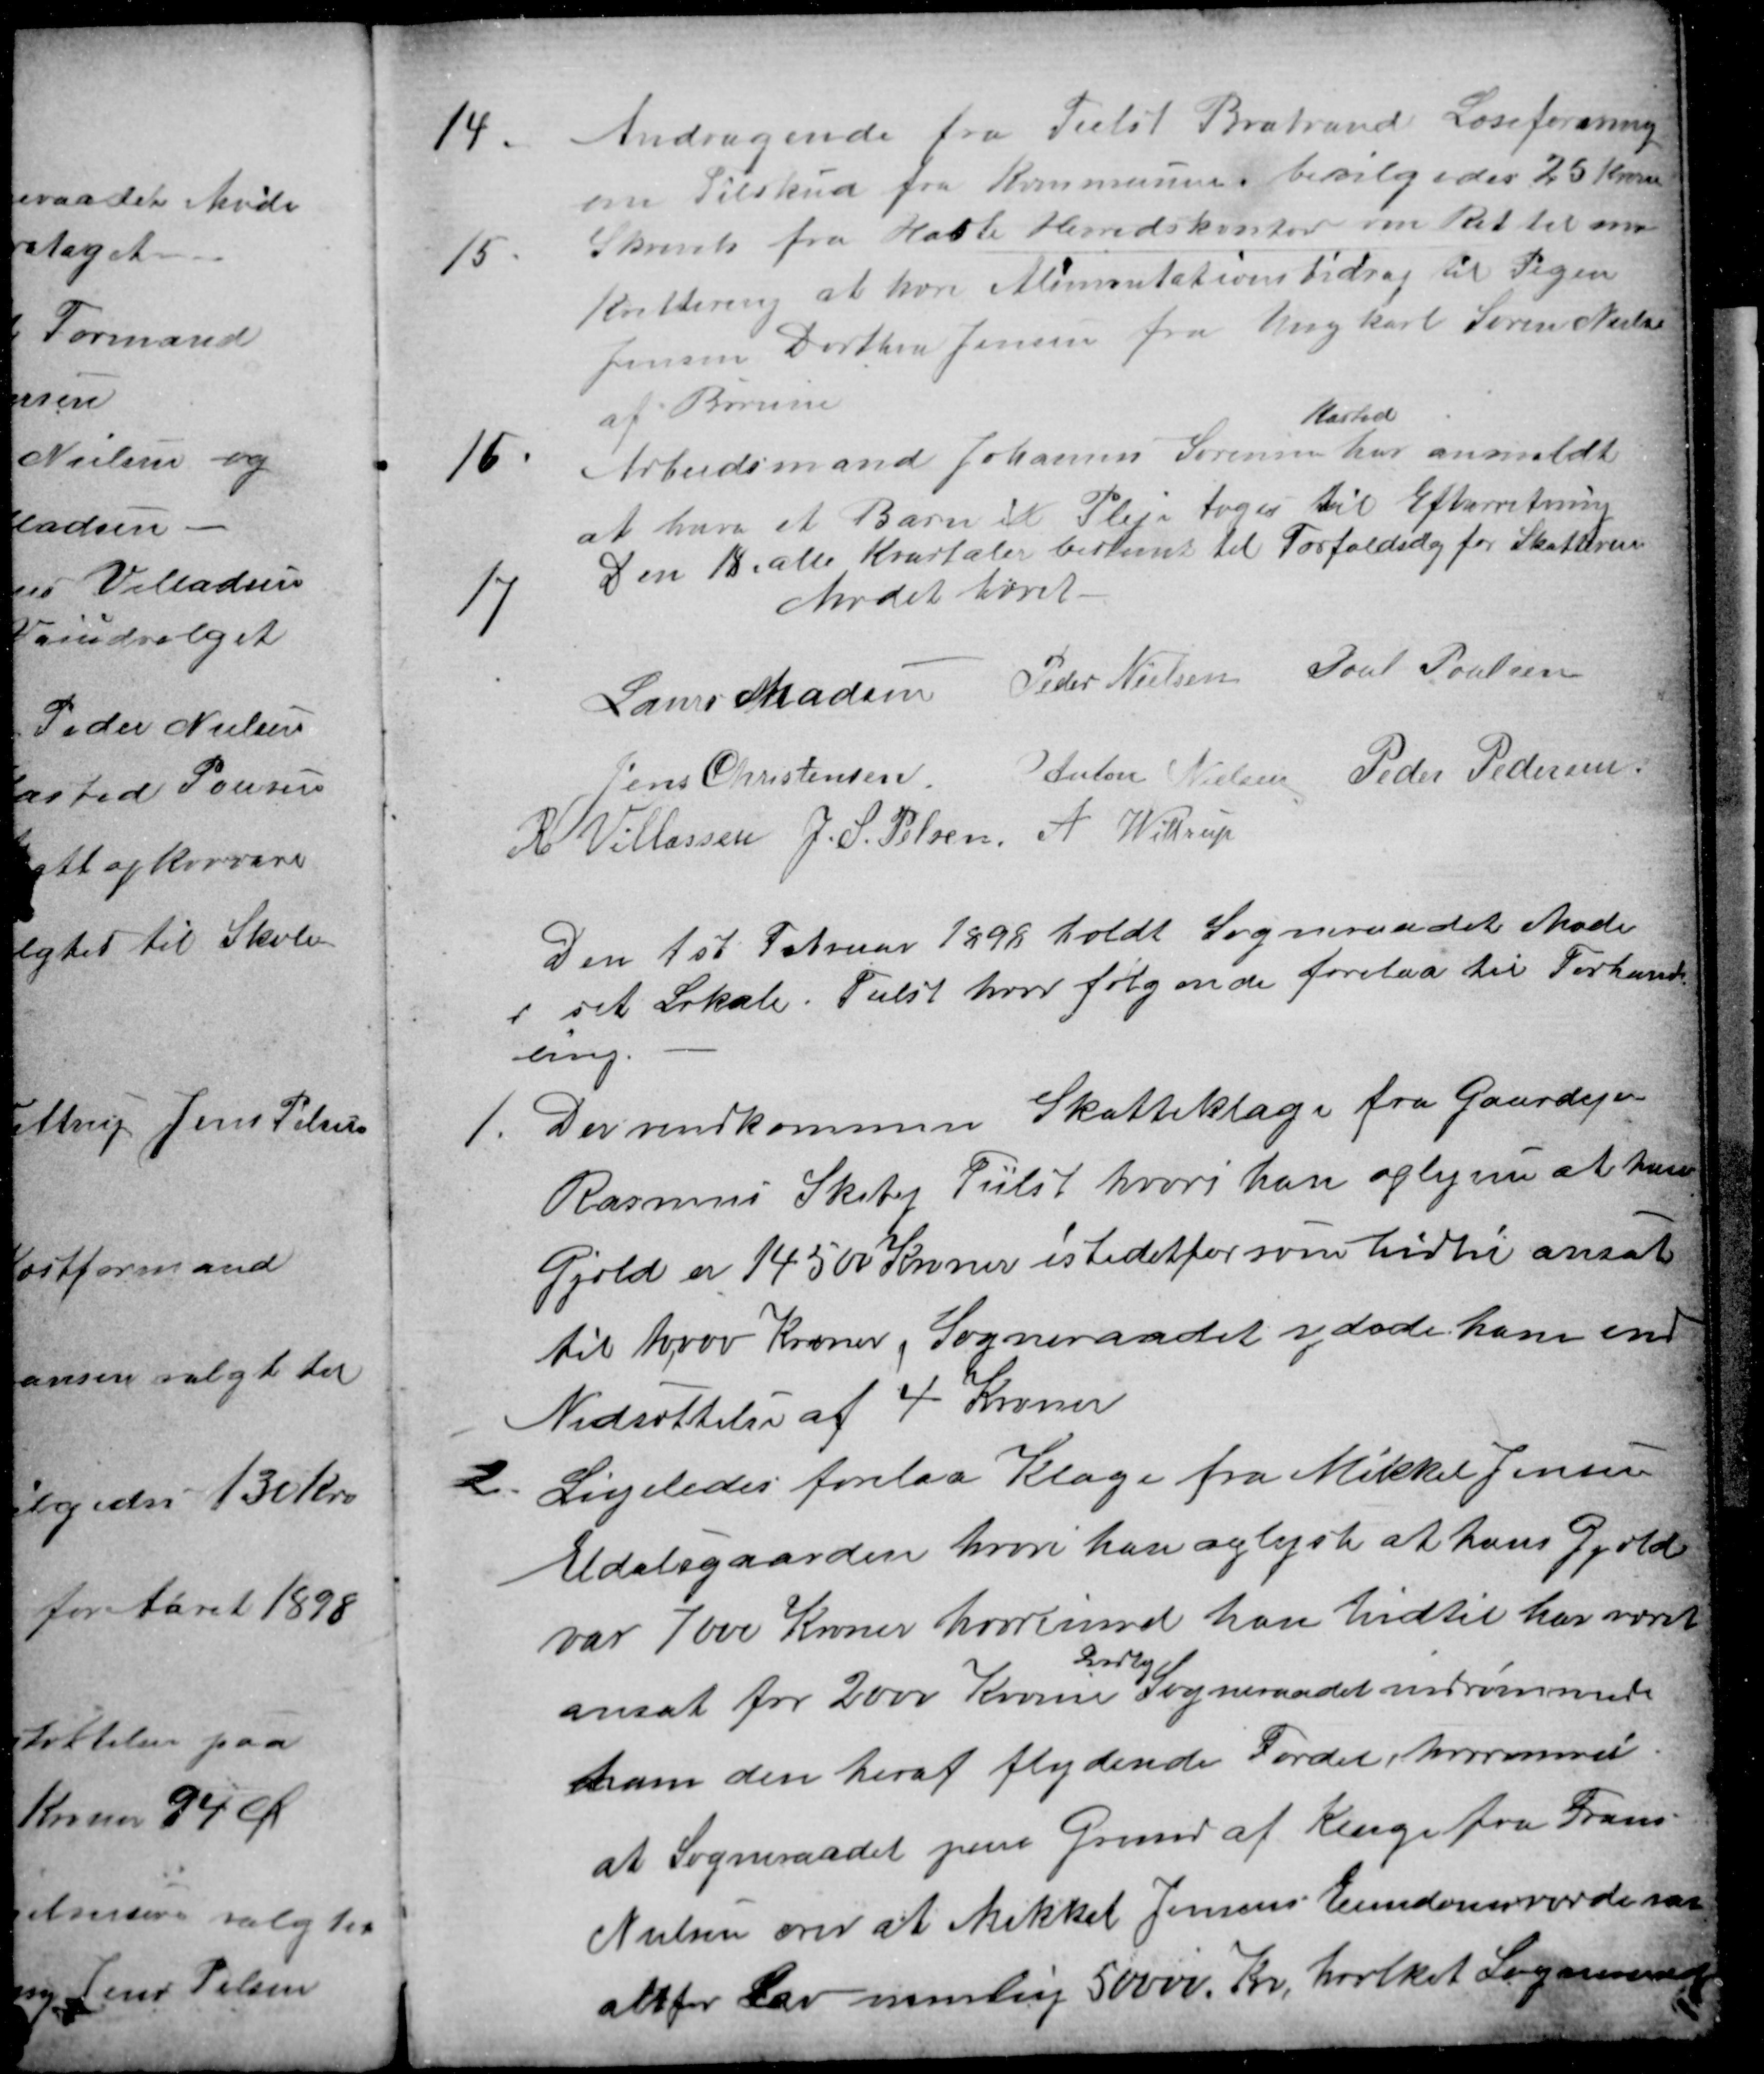
Transskription:
14.
Andragende fra Tilst Brabrand Læseforening
om Tilskud fra Kommunen. bevilgedes 25 Kroner
15.
Skrivels fra Hasle Herredskontor om Ret til en
Kvittering af hans Alimentationsbidrag til Pigen
Jensen Dorthea Jensen fra Ungkarl Søren Nielsen
af Borum
16
Arbeidsmand Johannes Sørensen
Kasted
har anmeldt
at have et Barn i Pleje toges til Efterretning
17
Den 18. alle Kvartaler bestemt til Forfaldsdag for Skatterne
Mødet hævet
Laurs Madsen
Peder Nielsen
Poul Poulsen
Jens Christensen
Anton Nielsen
Peder Pedersen
R Villassen
J. S. Pelsen
A Wittrup
Den 1st Februar 1898 holdt Sogneraadet Møde
i sit Lokale. Tilst hvor følgende forelaa til Forhand
ling.
1.
Der indkommen Skatteklage fra Gaardejer
Rasmus Skiby Tilst hvori han oplyser at hans
Gjæld er 14500 Kroner istedetfor som hidtil ansat
til 10,000 Kroner, Sogneraadet ydede ham en
Nedsættelse af 4 Kroner
2.
Ligeledes forelaa Klage fra Mikkel Jensen
Eldalsgaarden hvori han oplyste at hans Gjæld
var 7000 Kroner hvorimod han indtil har været
ansat for 2000 Kroner 
Aarlig
Sogneraadet indrømmede
ham den heraf flydende Fordel, hvorimod
at Sogneraadet paa Grund af Klage fra Frans
Nielsen over at Mikkel Jensens Ejendomsværdi var
altfor Lav nemlig 50000 Kr, hvilket Sogneraadet